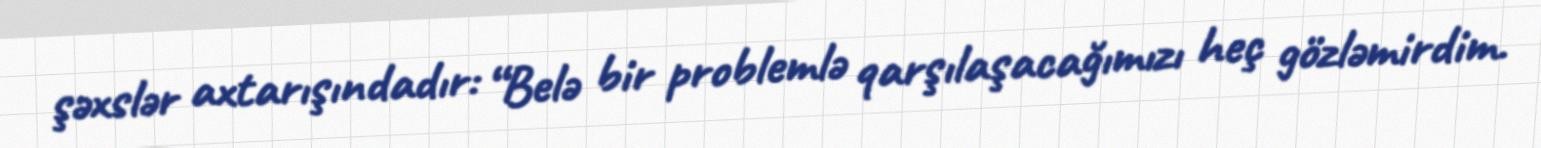
şəxslər axtarışındadır: “Belə bir problemlə qarşılaşacağımızı heç gözləmirdim.